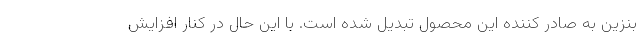
بنزین به صادر کننده این محصول تبدیل شده است. با این حال در کنار افزایش